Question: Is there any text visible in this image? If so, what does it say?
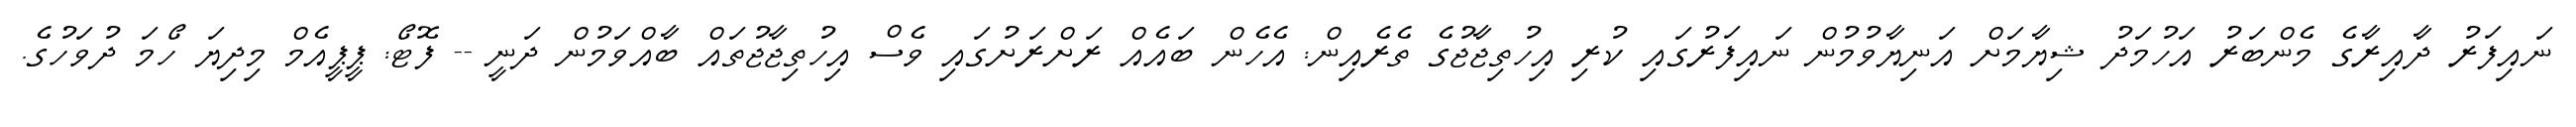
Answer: ނައިފަރު ދާއިރާގެ މެންބަރު އަހުމަދު ޝިޔާމަށް އަނިޔާވުމުން ނައިފަރުގައި ކުރި އިހުތިޖާޖުގެ ތެރެއިން: އެހެން ބައެއް ރަށްރަށުގައި ވެސް އިހުތިޖާޖުތައް ބާއްވަމުން ދަނީ -- ފޮޓޯ: ޕީޕީއެމް މިދިޔަ ހޯމަ ދުވަހުގެ.